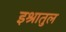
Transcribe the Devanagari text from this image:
इश्रातुल